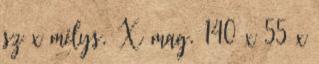
sz x mélys. X mag. 140 x 55 x